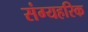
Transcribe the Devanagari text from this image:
संग्यहरिक